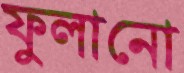
ফুলানো